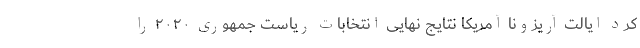
کرد ایالت آریزونا آمریکا نتایج نهایی انتخابات ریاست جمهوری ۲۰۲۰ را